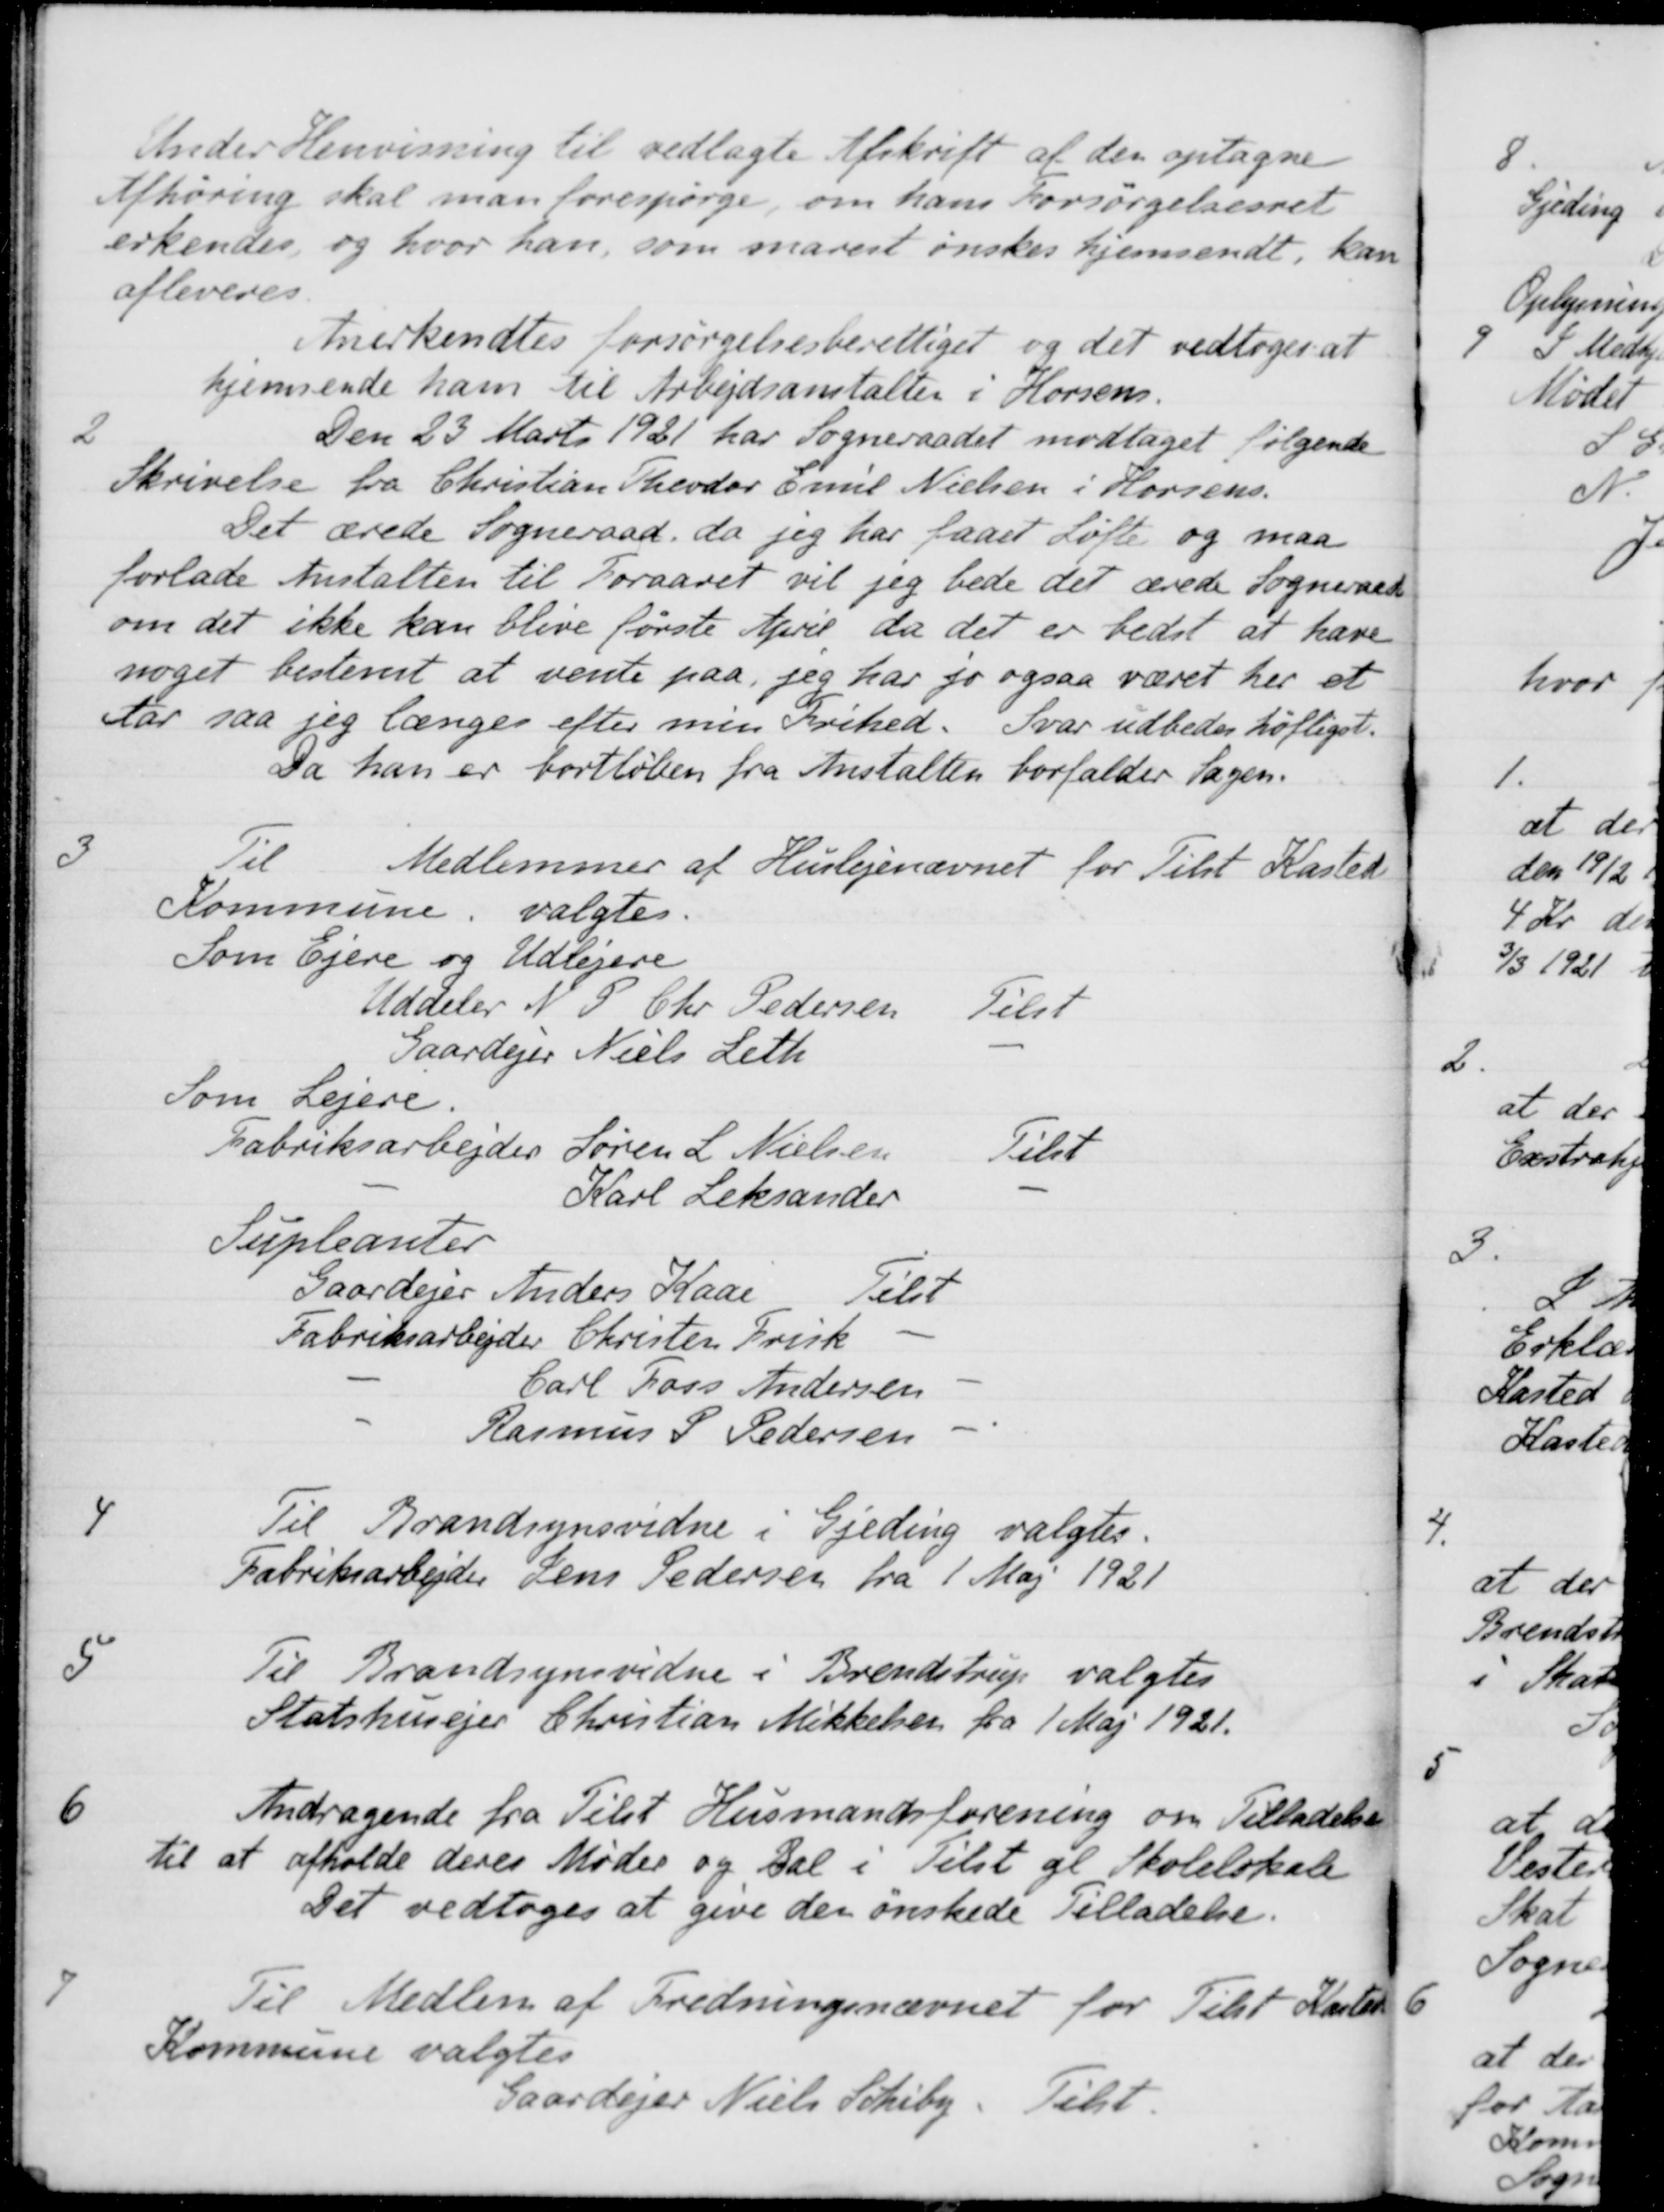
Transskription:
Under Henvisning til vedlagte Afskrift af den optagne
Afhøring skal man forespørge, om hans Forsørgelsesret
erkendes, og hvor han, som snarest ønskes hjemsendt, kan
afleveres.
Anerkendtes forsørgelsesberettiget og det vedtoges at
hjemsende ham til Arbejdsanstalten i Horsens.
2
Den 23 Marts 1921 har Sogneraadet modtaget følgende
Skrivelse fra Christian Theodor Emil Nielsen i Horsens.
Det ærede Sogneraad, da jeg har faaet Løfte og maa
forlade Anstalten til Foraaret vil jeg bede det ærede Sogneraads
om det ikke kan blive første April da det er bedst at have
noget bestemt at vente paa jeg har jo ogsaa været her et
Aar saa jeg længes efter min Frihed. Svar udbedes høfligst.
Da han er bortløben fra Anstalten forfalder Sagen.
3
Til
Medlemmer af Huslejenævnet for Tilst Kasted
Kommune, valgtes.
Som Ejere og Udlejere
Uddeler N P Chr. Pedersen
Tilst
Gaardejer Niels Leth
Som Lejere.
Fabriksarbejder Søren L. Nielsen
Tilst
Karl Leksander
Supleanter
Gaardejer Anders Kaae
Tilst
Fabriksarbejder
Christen Frisk
Carl Lars Andersen
Rasmus P. Pedersen
4
Til Brandsynsvidne i Gjeding valgtes.
Fabriksarbejder Jens Pedersen fra 1 Maj 1921
5
Til Brandsynsvidne i Brendstrup valgtes
Statshusejer Christian Mikkelsen fra 1 Maj 1921.
6
Andragende fra Tilst Husmandsforening om Tilladelse
til at afholde deres Møder og Dal i Tilst gl Skolelokale
Det vedtoges at give der ønskede Tilladelse.
7
Til Medlem af Fredningsnævnet for Tilst Kasted
Kommune valgtes
Gaardejer Niels Schiby
Tilst.